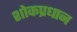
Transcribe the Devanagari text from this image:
शोकप्रधान